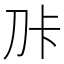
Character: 𭃑